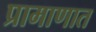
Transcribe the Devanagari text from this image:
प्रामाणात